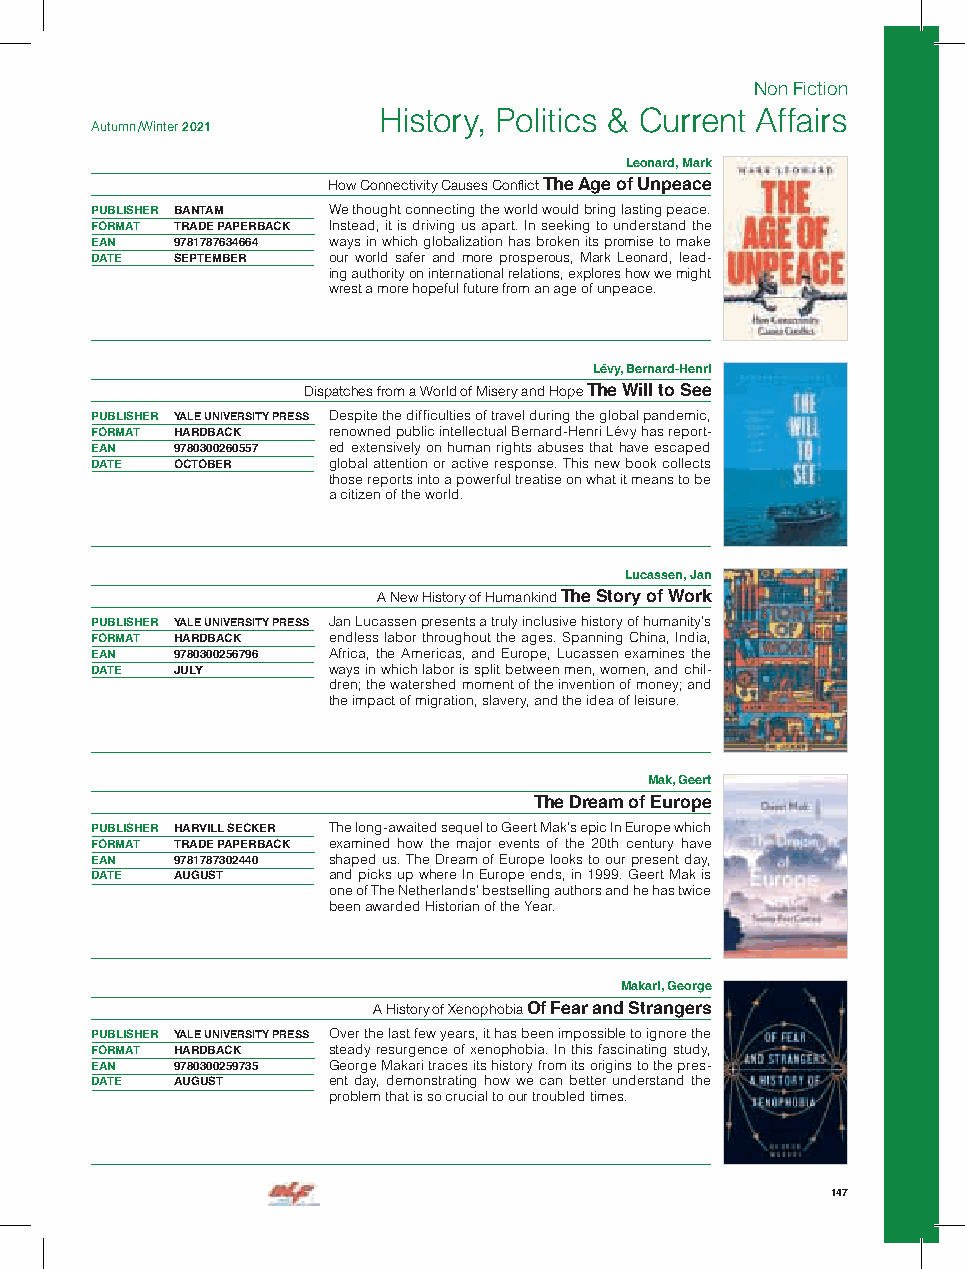
Non Fiction
 History, Politics & Current Affairs
 Autumn /Winter 2021
 Leonard, Mark
 How Connectivity Causes Conflict The Age of Unpeace
 PUBLISHER BANTAM We thought connecting the world would bring lasting peace.
 FORMAT TRADE PAPERBACK Instead, it is driving us apart. In seeking to understand the
 EAN  9781787634664 ways in which globalization has broken its promise to make
 DATE SEPTEMBER  our world safer and more prosperous, Mark Leonard, lead-
 ing authority on international relations, explores how we might
 wrest a more hopeful future from an age of unpeace.
 Lévy, Bernard-Henri
 Dispatches from a World of Misery and Hope The Will to See
 PUBLISHER YALE UNIVERSITY PRESS Despite the difficulties of travel during the global pandemic,
 FORMAT HARDBACK renowned public intellectual Bernard-Henri Lévy has report-
 EAN  9780300260557 ed extensively on human rights abuses that have escaped
 DATE OCTOBER    global attention or active response. This new book collects
 those reports into a powerful treatise on what it means to be
 a citizen of the world.
 Lucassen, Jan
 A New History of Humankind The Story of Work
 PUBLISHER YALE UNIVERSITY PRESS Jan Lucassen presents a truly inclusive history of humanity’s
 FORMAT HARDBACK endless labor throughout the ages. Spanning China, India,
 EAN  9780300256796 Africa, the Americas, and Europe, Lucassen examines the
 DATE JULY       ways in which labor is split between men, women, and chil-
 dren; the watershed moment of the invention of money; and
 the impact of migration, slavery, and the idea of leisure.
 Mak, Geert
 The Dream of Europe
 PUBLISHER HARVILL SECKER The long-awaited sequel to Geert Mak’s epic In Europe which
 FORMAT TRADE PAPERBACK examined how the major events of the 20th century have
 EAN  9781787302440 shaped us. The Dream of Europe looks to our present day,
 DATE AUGUST     and picks up where In Europe ends, in 1999. Geert Mak is
 one of The Netherlands’ bestselling authors and he has twice
 been awarded Historian of the Year.
 Makari, George
 A History of Xenophobia Of Fear and Strangers
 PUBLISHER YALE UNIVERSITY PRESS Over the last few years, it has been impossible to ignore the
 FORMAT HARDBACK steady resurgence of xenophobia. In this fascinating study,
 EAN  9780300259735 George Makari traces its history from its origins to the pres-
 DATE AUGUST     ent day, demonstrating how we can better understand the
 problem that is so crucial to our troubled times.
 147